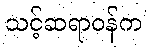
သင့်ဆရာဝန်က